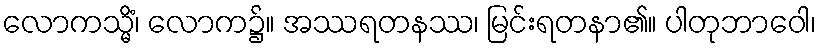
လောကသ္မိံ၊ လောက၌။ အဿရတနဿ၊ မြင်းရတနာ၏။ ပါတုဘာဝေါ၊